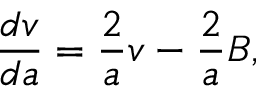
\frac { d v } { d a } = \frac 2 { a } v - \frac 2 { a } B ,